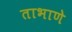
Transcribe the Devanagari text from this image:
ताभाणे